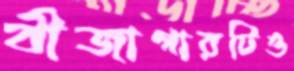
বীজাগারটিও